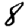
Digit: 8